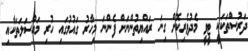
ދަރުސްތަކަކީ ޓީވީ މެދުވެރިކޮށް ގިނަ ރައްޔިތުންނަށް ފެންނަ މިހާރު ގައުމުގައި ހުރި މައްސަލަތަކާއި